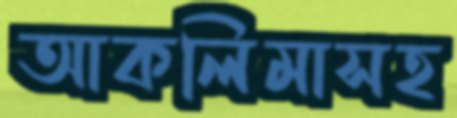
আকলিমাসহ